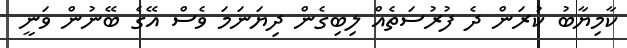
ކާމިޔާބު ކުރަން ދެ ފުރުސަތެއް ލިބިގެން ދިޔަނަމަ ވެސް އޭގެ ބޭނުން ވަނީ